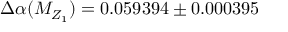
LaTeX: \Delta \alpha ( M _ { Z _ { 1 } } ) = 0 . 0 5 9 3 9 4 \pm 0 . 0 0 0 3 9 5